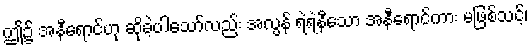
ဤ၌ အနီရောင်ဟု ဆိုခဲ့ပါသော်လည်း အလွန် ရဲရဲနီသော အနီရောင်ကား မဖြစ်သင့်၊